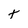
Character: t